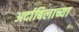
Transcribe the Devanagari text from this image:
अर्दाबिलाच्या